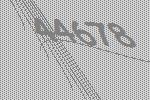
44678